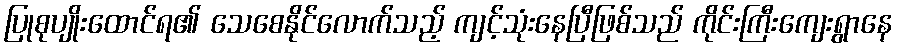
ပြုစုပျိုးထောင်ရ၏ သေစေနိုင်လောက်သည့် ကျင့်သုံးနေပြီဖြစ်သည် ကိုင်းကြီးကျေးရွာနေ